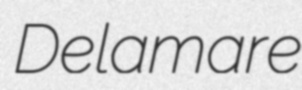
Delamare